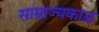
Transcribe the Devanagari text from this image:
साम्राज्यकाळ